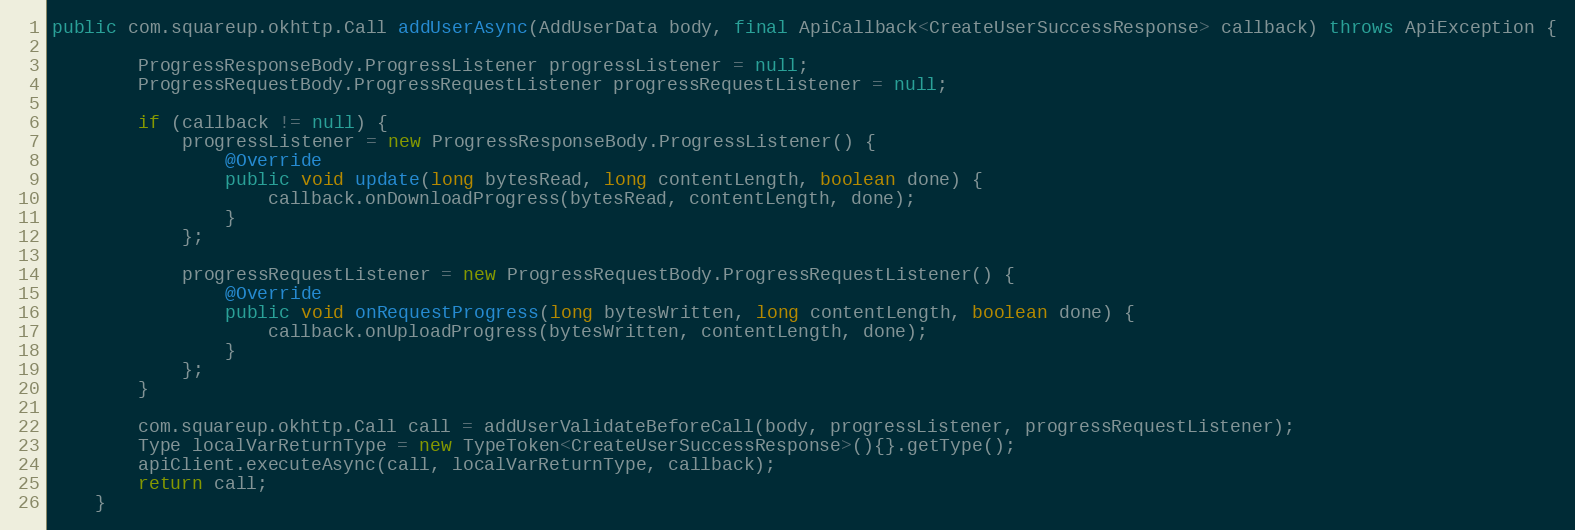
Language: Java
public com.squareup.okhttp.Call addUserAsync(AddUserData body, final ApiCallback<CreateUserSuccessResponse> callback) throws ApiException {

        ProgressResponseBody.ProgressListener progressListener = null;
        ProgressRequestBody.ProgressRequestListener progressRequestListener = null;

        if (callback != null) {
            progressListener = new ProgressResponseBody.ProgressListener() {
                @Override
                public void update(long bytesRead, long contentLength, boolean done) {
                    callback.onDownloadProgress(bytesRead, contentLength, done);
                }
            };

            progressRequestListener = new ProgressRequestBody.ProgressRequestListener() {
                @Override
                public void onRequestProgress(long bytesWritten, long contentLength, boolean done) {
                    callback.onUploadProgress(bytesWritten, contentLength, done);
                }
            };
        }

        com.squareup.okhttp.Call call = addUserValidateBeforeCall(body, progressListener, progressRequestListener);
        Type localVarReturnType = new TypeToken<CreateUserSuccessResponse>(){}.getType();
        apiClient.executeAsync(call, localVarReturnType, callback);
        return call;
    }